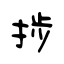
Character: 捗